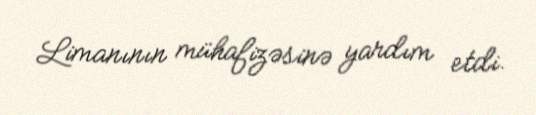
Limanının mühafizəsinə yardım etdi.